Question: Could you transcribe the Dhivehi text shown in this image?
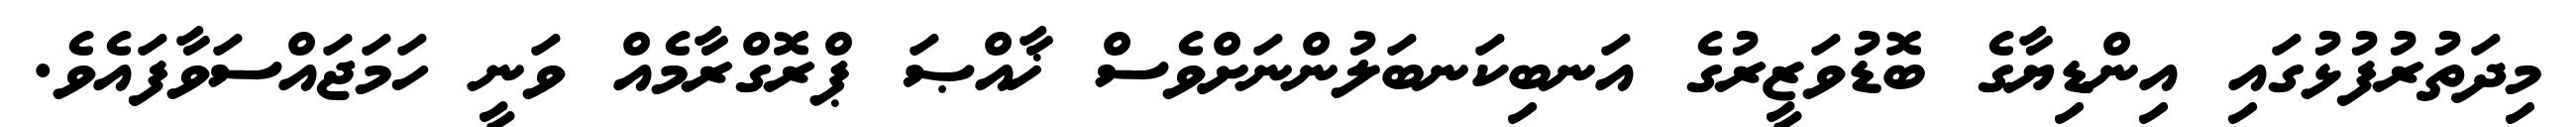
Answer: މިދަތުރުފުޅުގައި އިންޑިޔާގެ ބޮޑުވަޒީރުގެ އަނބިކަނބަލުންނަށްވެސް ޚާއްޞަ ޕްރޮގްރާމެއް ވަނީ ހަމަޖައްސަވާފައެވެ.